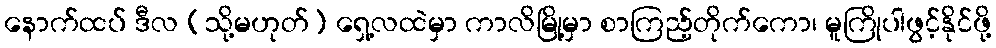
နောက်ထပ် ဒီလ (သို့မဟုတ်) ရှေ့လထဲမှာ ကာလိမြို့မှာ စာကြည့်တိုက်ကော၊ မူကြိုပါဖွင့်နိုင်ဖို့